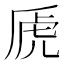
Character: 虒